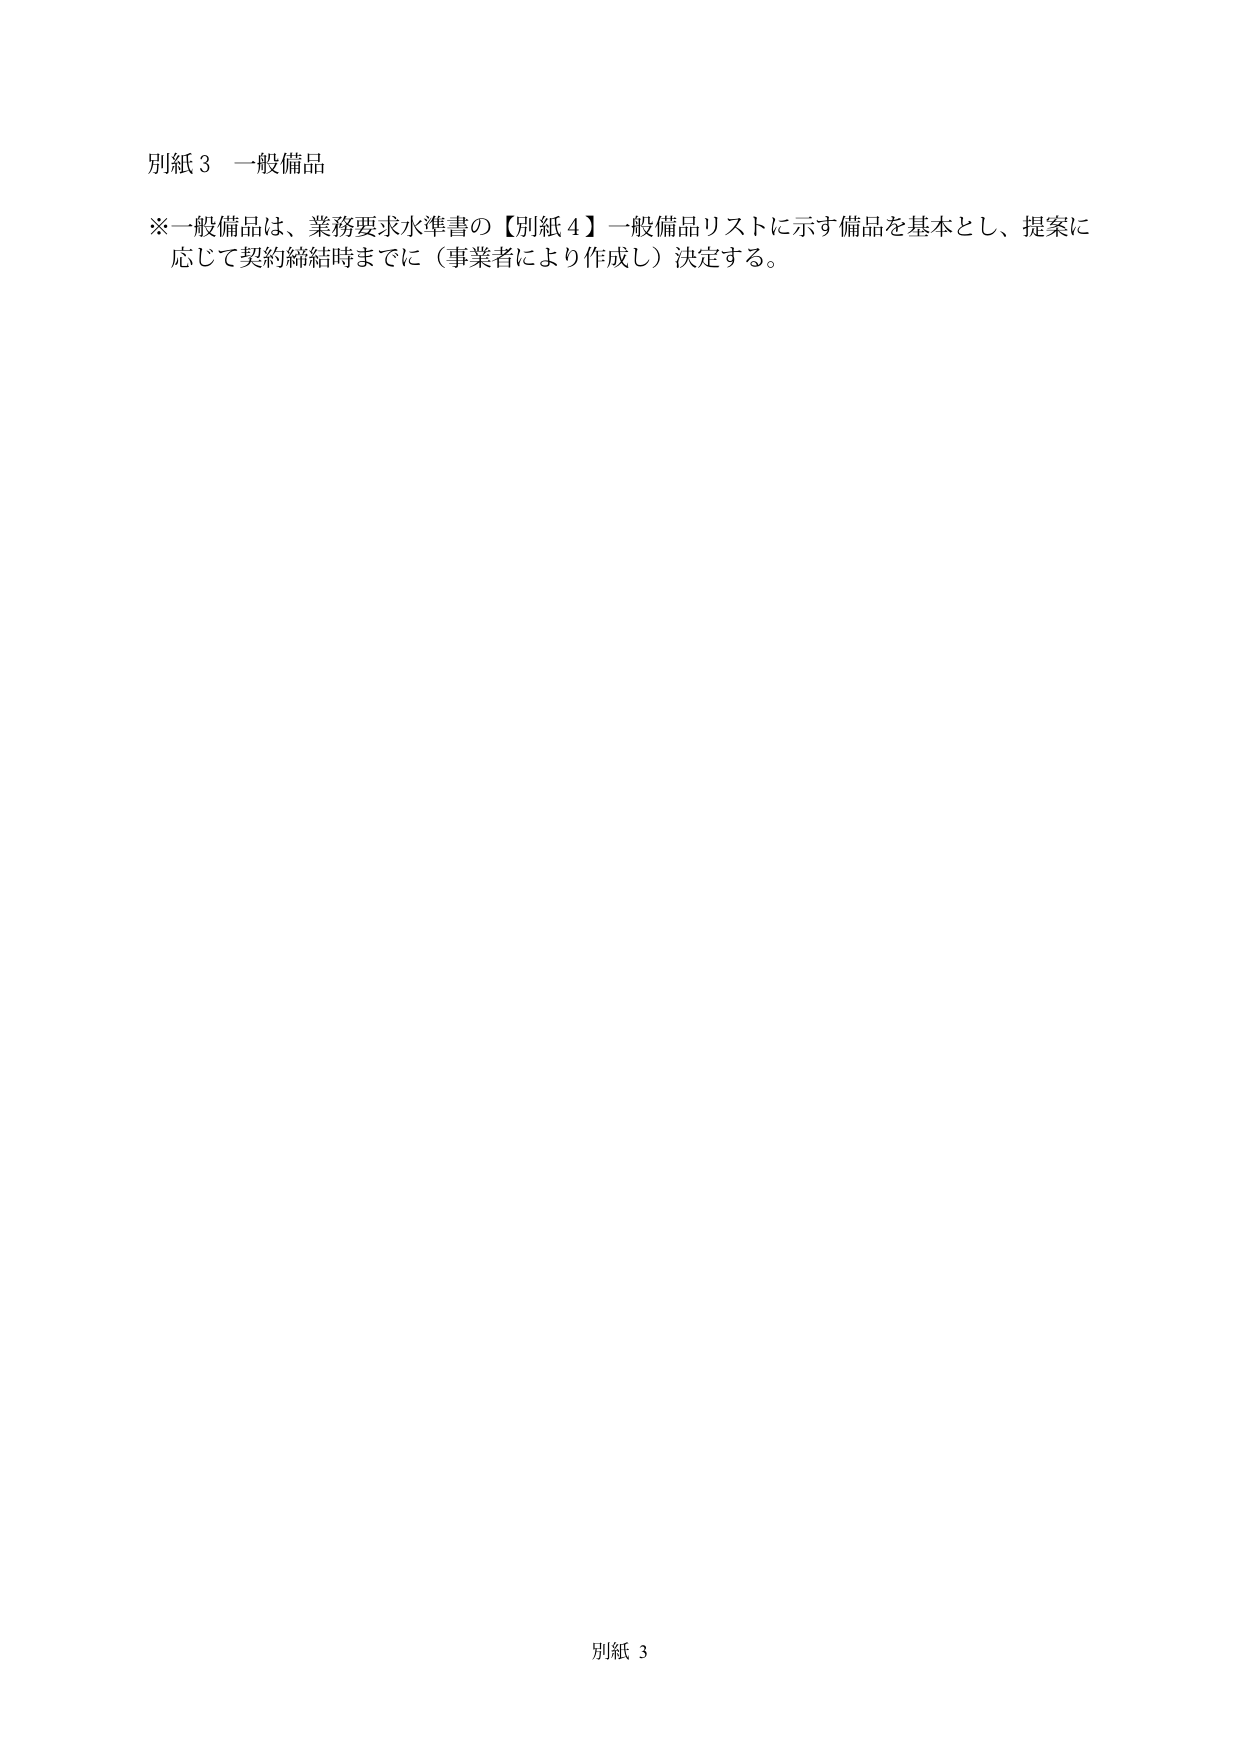
別紙３ 一般備品

※一般備品は、業務要求水準書の【別紙４】一般備品リストに示す備品を基本とし、提案に
応じて契約締結時までに（事業者により作成し）決定する。

別紙３